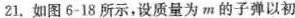
21.如图6-18所示，设质量为m的子弹以初